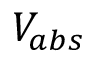
V _ { a b s }